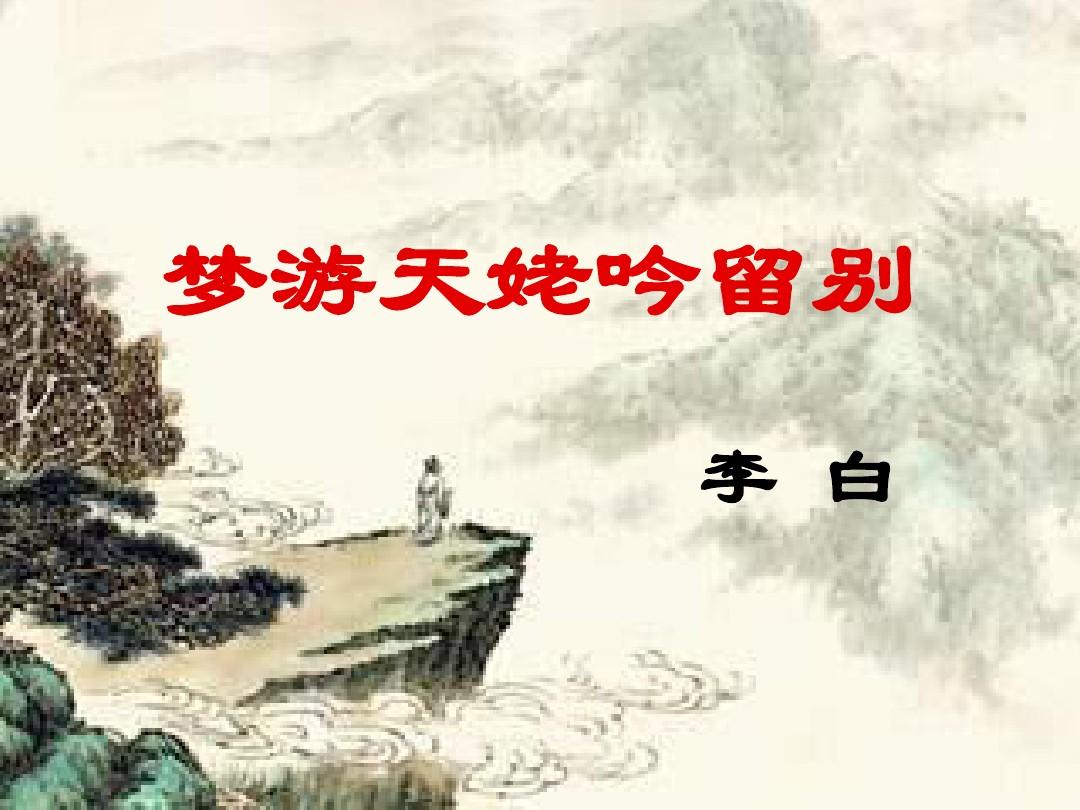
越人语天姥，云霞明灭或可睹。